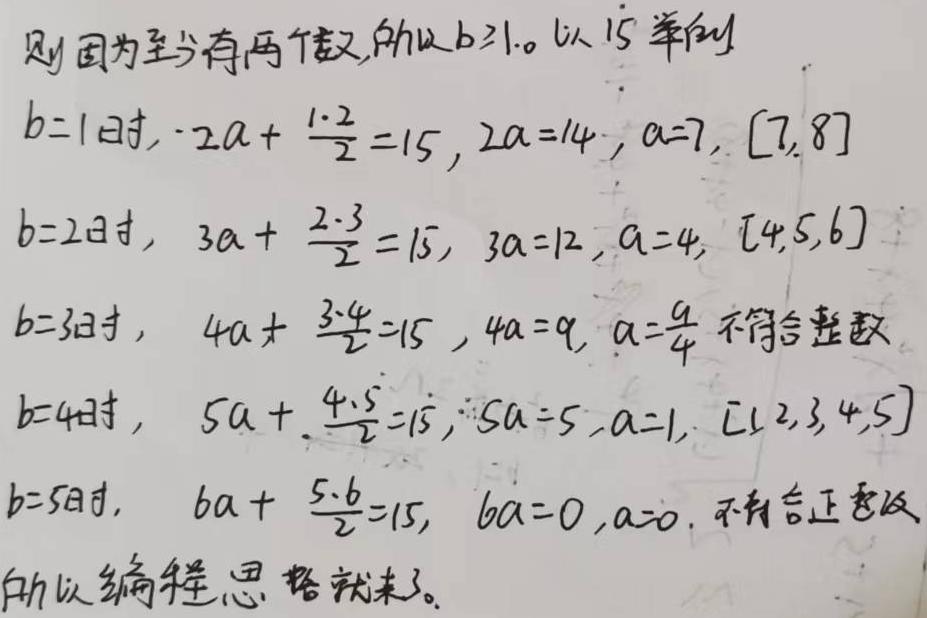
则因为至少有两个数,所以$b\geq1$。以$15$举例
$b = 1$时, $-2a+\frac{1\cdot2}{2}=15$, $2a = 14$, $a = 7$, $[7,8]$
$b = 2$时, $3a+\frac{2\cdot3}{2}=15$, $3a = 12$, $a = 4$, $[4,5,6]$
$b = 3$时, $4a+\frac{3\cdot4}{2}=15$, $4a = 9$, $a=\frac{9}{4}$不符合整数
$b = 4$时, $5a+\frac{4\cdot5}{2}=15$, $5a = 5$, $a = 1$, $[1,2,3,4,5]$
$b = 5$时, $6a+\frac{5\cdot6}{2}=15$, $6a = 0$, $a = 0$, 不符合正整数
所以编程思路就来了。